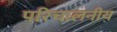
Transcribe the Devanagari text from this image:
परिचालनीय